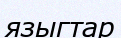
языгтар